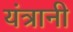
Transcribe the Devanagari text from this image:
यंत्रानी